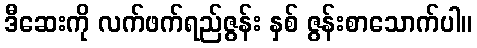
ဒီဆေးကို လက်ဖက်ရည်ဇွန်း နှစ် ဇွန်းစာသောက်ပါ။